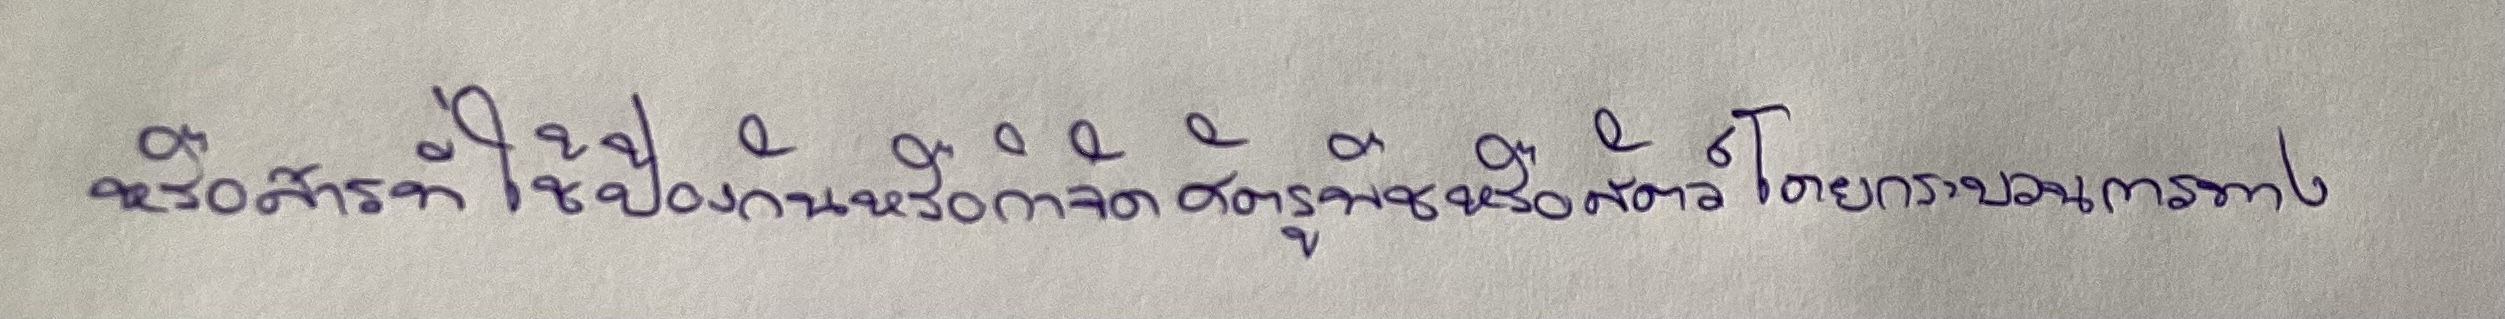
หรือสารที่ใช้ป้องกันหรือกำจัดศัตรูพืชหรือสัตว์โดยกระบวนการทาง